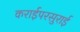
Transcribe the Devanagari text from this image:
कराईपरसुराई